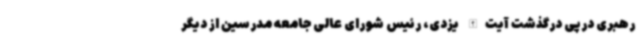
رهبری درپی درگذشت آیت‌الله یزدی، رئیس شورای عالی جامعه مدرسین از دیگر